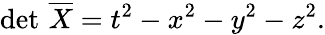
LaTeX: \operatorname*{det}\, {\overline{{X}}}=t^{2}-x^{2}-y^{2}-z^{2}.